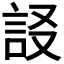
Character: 𧦀